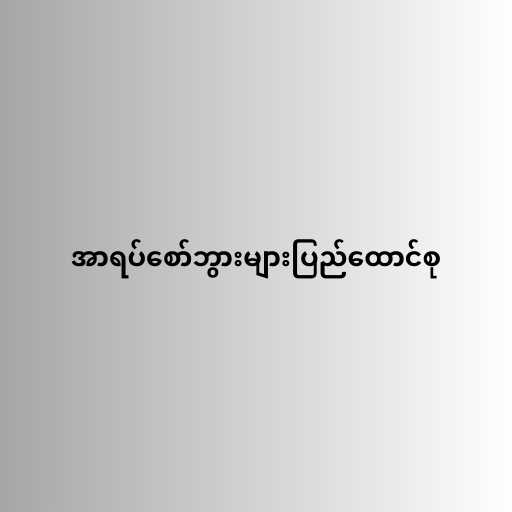
အာရပ်စော်ဘွားများပြည်ထောင်စု